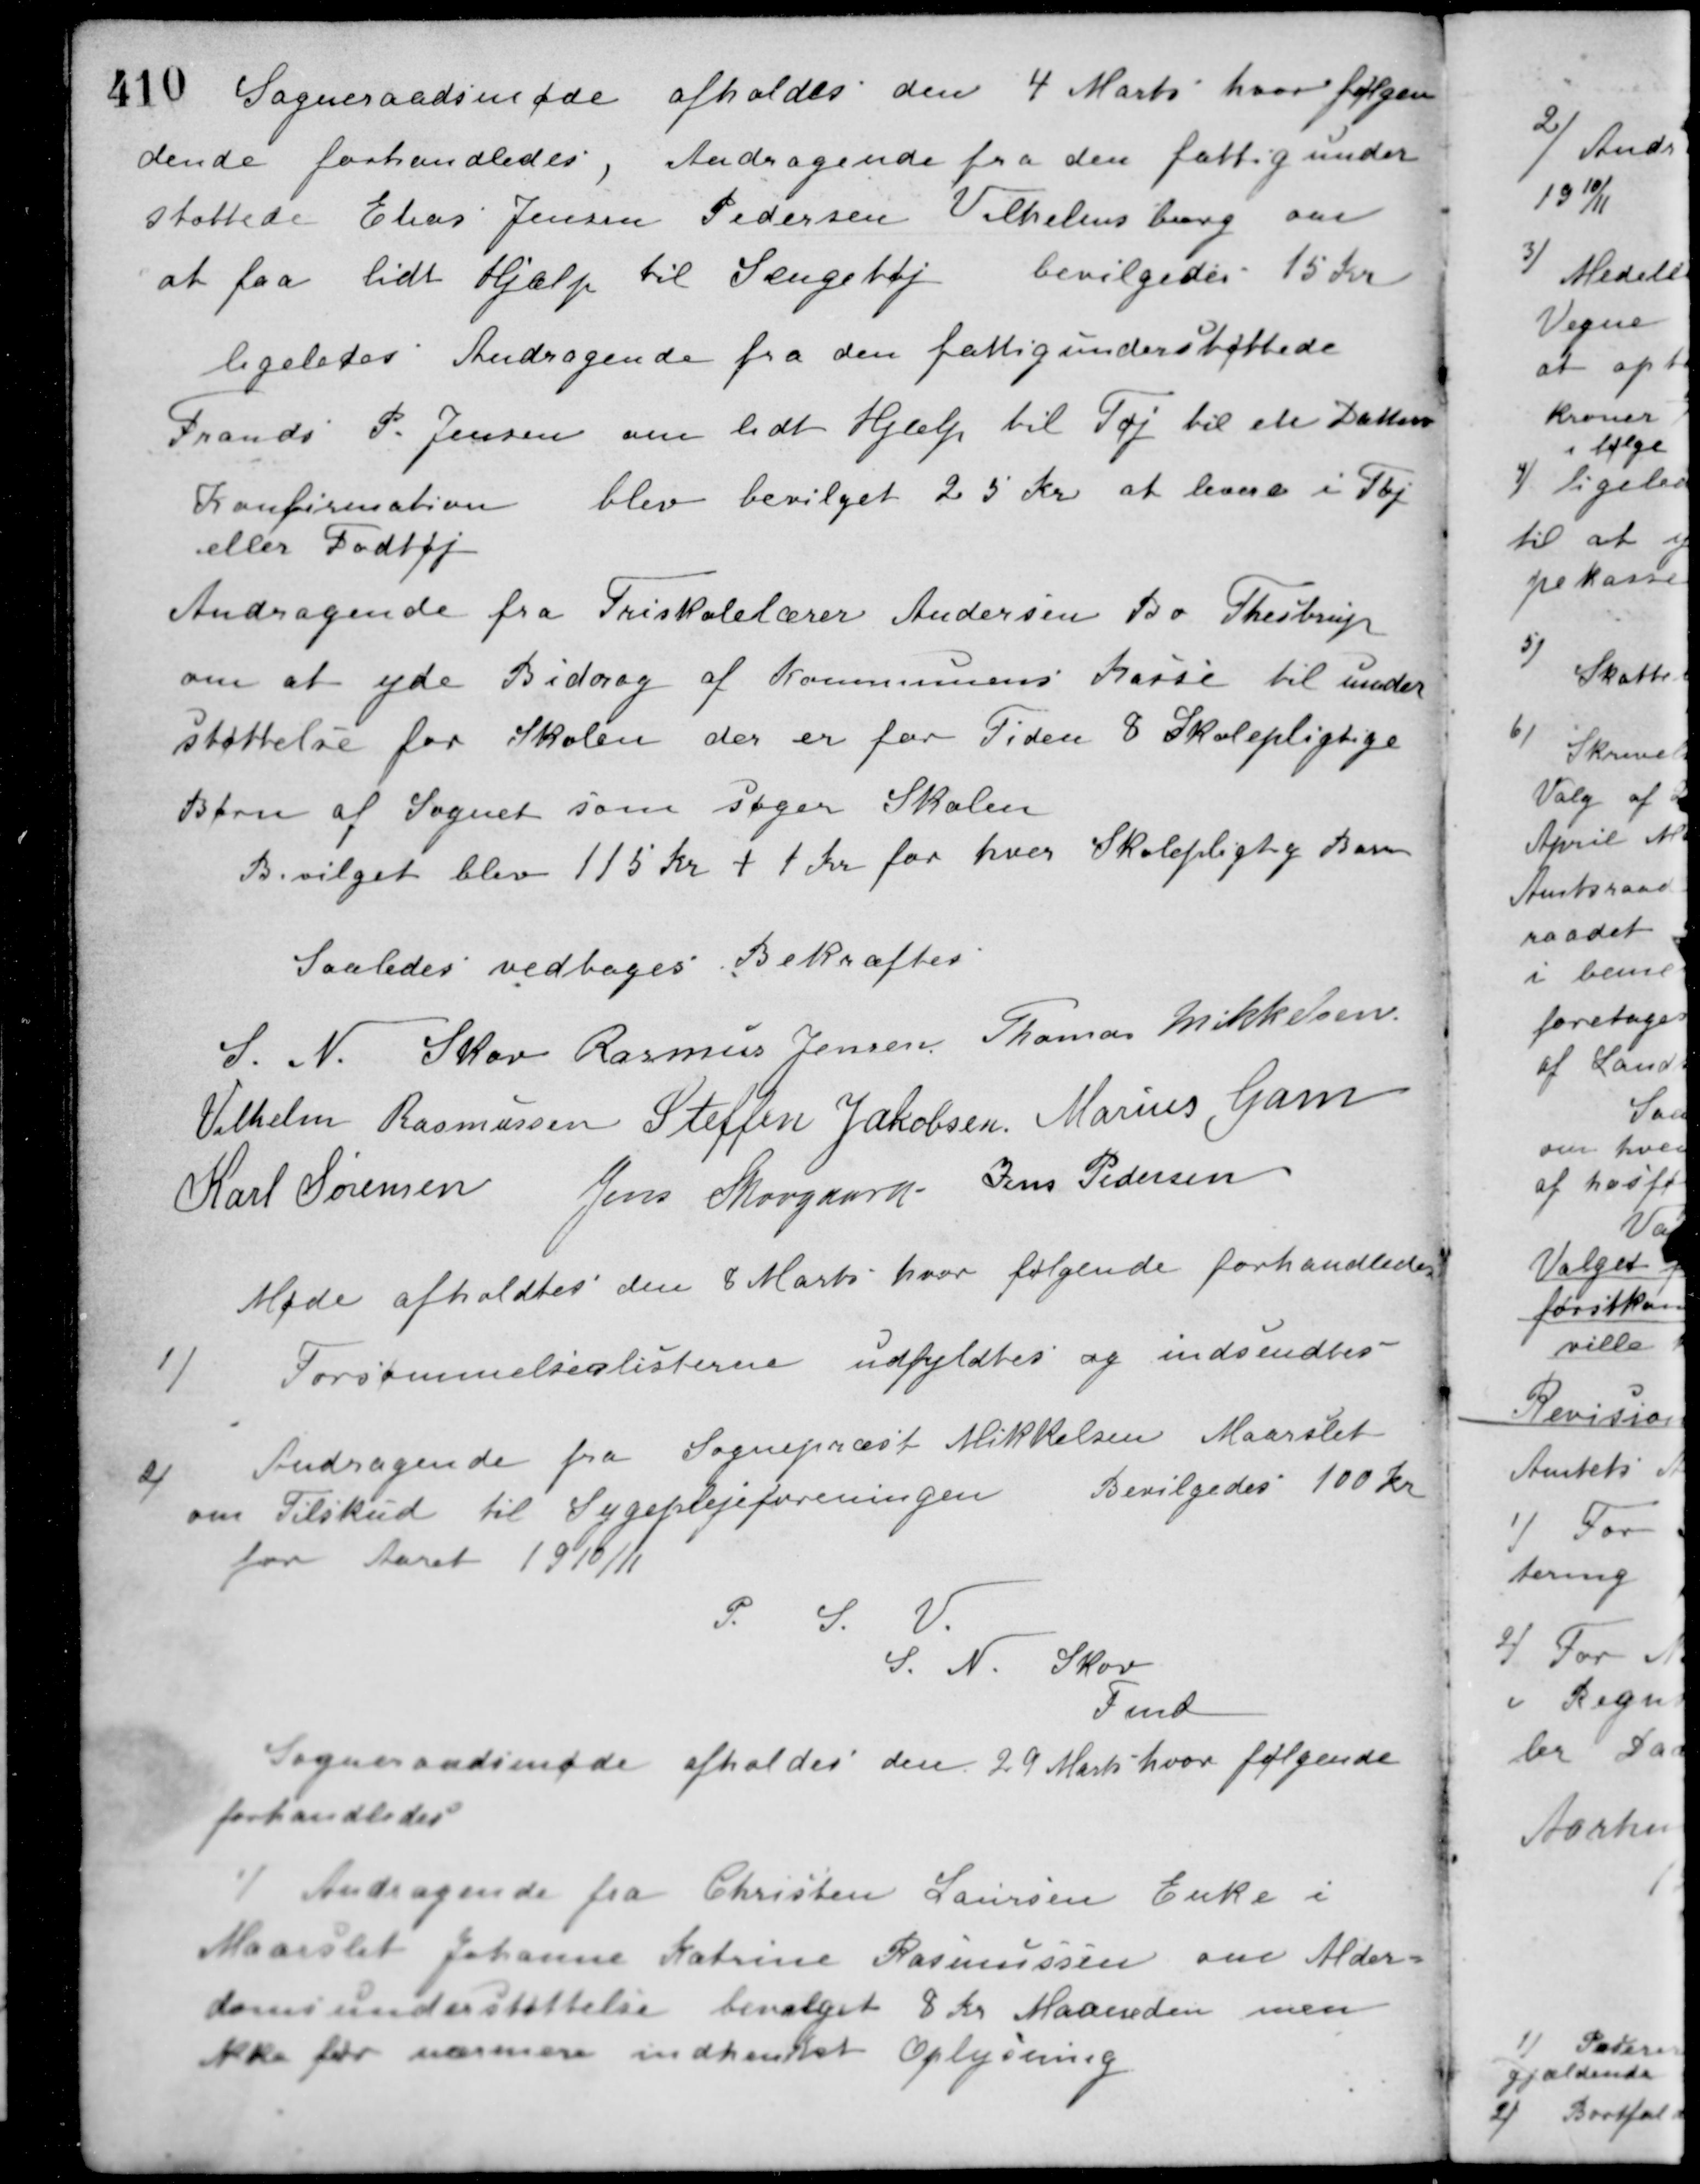
Transskription:
Sogneraadsmøde afholdes den 4 Marts hvor følgen-
dende forhandledes,
Andragende fra den fattigunder-
støttede Elias Jensen Pedersen Vilhelmsborg om
at faa lidt Hjælp til Sengetøj
bevilgedes 15 Kr.
ligeledes Andragende fra den fattigunderstøttede
Frands P. Jensen om lidt Hjælp til Tøj til en Datters
Konfirmation
blev bevilget 25 Kr. at levere i Tøj
eller Fodtøj
Andragende fra Friskolelærer Andersen Fra Thestrup
om at yde Bidrag af Kommunens Kasse til under-
støttelse for Skolen der er for Tiden 8 Skolepligtige
Børn af Sognet som søger Skolen
Bevilget blev 115 Kr. + 1 Kr. for hver Skolepligtig Barn
Saaledes vedtoges Bekræftes
S. N. Skov Rasmus Jensen Thomas Mikkelsen
Vilhelm Rasmussen Steffen Jakobsen Marius Gam
Karl Sørensen Jens Skovgaard Jens Pedersen
Møde afholdtes den 8 Marts hvor følgende forhandledes
1)
Forsømmelseslisterne udfyldtes og indsendtes
2)
Andragende fra Sognepræst Mikkelsen Maarslet
om Tilskud til Sygeplejeforeningen
Bevilgedes 100 Kr.
for Aaret 1910/11
P. S. V.
S. N. Skov
Fmd.
Sogneraadsmøde afholdes den 29 Marts hvor følgende
forhandledes
1) Andragende fra Christen Laursen Enke i
Maarslet Johanne Katrine Rasmussen om Alder-
domsunderstøttelse bevilget 8 Kr. Maaneden men
ikke før nærmere indhentet Oplysning